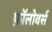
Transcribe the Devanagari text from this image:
फ़ॉलोवर्स